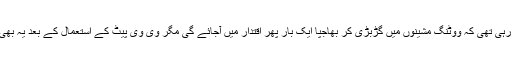
عوام میں کاناپھسی چل رہی تھی کہ ووٹنگ مشینوں میں گڑبڑی کر بھاجپا ایک بار پھر اقتدار میں آجائے گی مگر وی وی پیٹ کے استعمال کے بعد یہ بھی آسان نہیں لگ رہا ہے۔